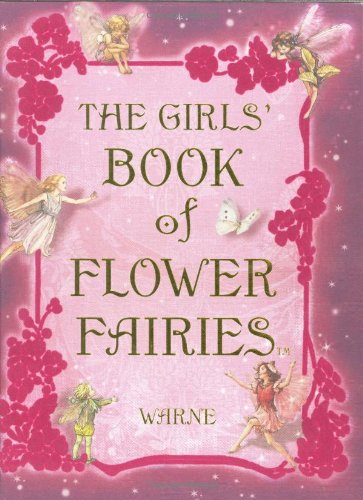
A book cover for The Girls' Book of Flower Fairies; Cicely Mary Barker; Children's Books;